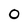
Character: 0